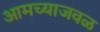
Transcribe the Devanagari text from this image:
आमच्याजवळ